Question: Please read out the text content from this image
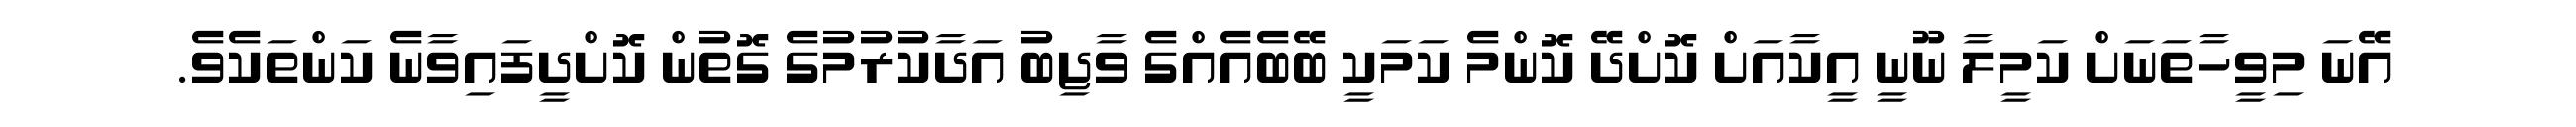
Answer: އޭނަ މިވީހާތަނަށް ކަމީލާ ނޫނީ އީކާއަށް ކޮށްދޭ ކޮންމެ ކަމަކީ ބޭބެއެއްގެ ވާޖިބު އަދާކުރުމުގެ ގޮތުން ކޮށްދީފައިވާނެ ކަންތަކެވެ.